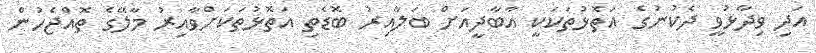
އަދި ވިދާޅުވީ ދެކުނުގެ އަތޮޅުތަކަކީ އާބާދީއަށް ބަލާއިރު ބޮޑެތި އަތޮޅުތަކަށްވާއިރު މާލޭގެ ތޮއްޖެހުން